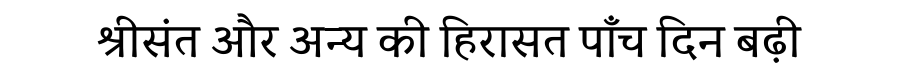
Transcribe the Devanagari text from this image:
श्रीसंत और अन्य की हिरासत पाँच दिन बढ़ी